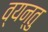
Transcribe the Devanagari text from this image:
व्यन्तु